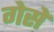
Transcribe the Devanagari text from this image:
गेसें